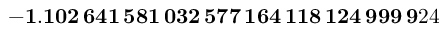
\mathbf { - 1 . 1 0 2 \, 6 4 1 \, 5 8 1 \, 0 3 2 \, 5 7 7 \, 1 6 4 \, 1 1 8 \, 1 2 4 \, 9 9 9 \, 9 } 2 4